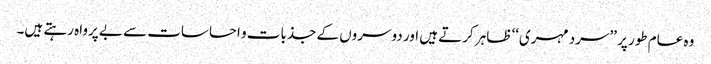
وہ عام طور پر ’’سرد مہری‘‘ ظاہر کرتے ہیں اور دوسروں کے جذبات و احساسات سے بے پرواہ رہتے ہیں۔